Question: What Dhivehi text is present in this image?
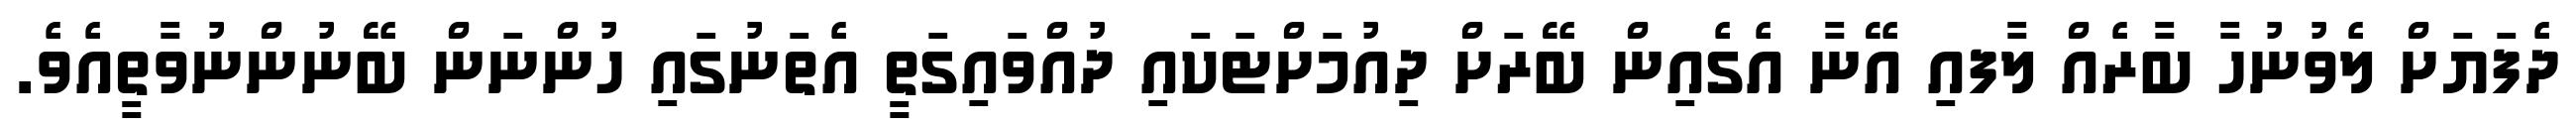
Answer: ދެފަޔަށް ލެވުނުހާ ބާރެއް ލާފއި އޭނާ އެގެއިން ބޭރަށް ދިއުމަށްޓަކައި ދުއްވައިގަތީ އެތަނުގައި ހުންނަން ބޭނުންނުވާތީއެވެ.